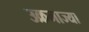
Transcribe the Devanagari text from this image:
उक्रमाज्या